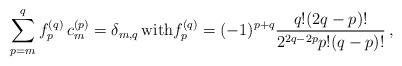
LaTeX: \begin{align*}\sum_{p=m}^q f_p^{(q)}\, c_m^{(p)} =\delta_{m,q} \, {\rm with} f_p^{(q)}=(-1)^{p+q} \frac{q! (2q-p)!}{2^{2q-2p} p!(q-p)!}\, , \end{align*}